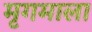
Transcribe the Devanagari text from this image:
मृगमाला